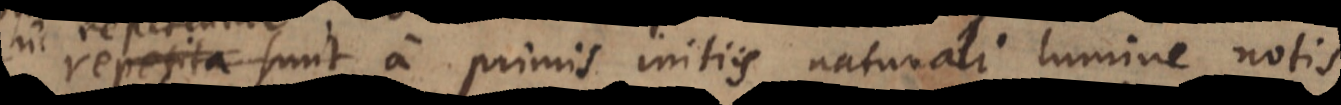
hic repetentur a primis initiis naturali lumine notis,